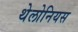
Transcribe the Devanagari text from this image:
थेलोनियस